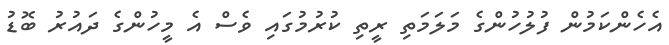
އެހެންކަމުން ފުލުހުންގެ މަލަމަތި ރީތި ކުރުމުގައި ވެސް އެ މީހުންގެ ދައުރު ބޮޑު